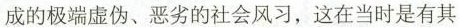
成的极端虚伪、恶劣的社会风习，这在当时是有其